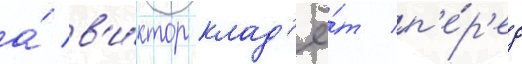
а́ в'и́ктор клад'ё́т п'е́р'ед